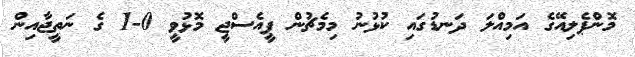
މޮންޕެލިއޭގެ އަމިއްލަ ދަނޑުގައި ކުޅުނު މިމެޗުން ޕީއެސްޖީ މޮޅުވީ 0-1 ގެ ނަތީޖާއިން